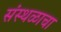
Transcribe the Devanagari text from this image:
संस्थळाचा